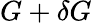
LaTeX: G+\delta G